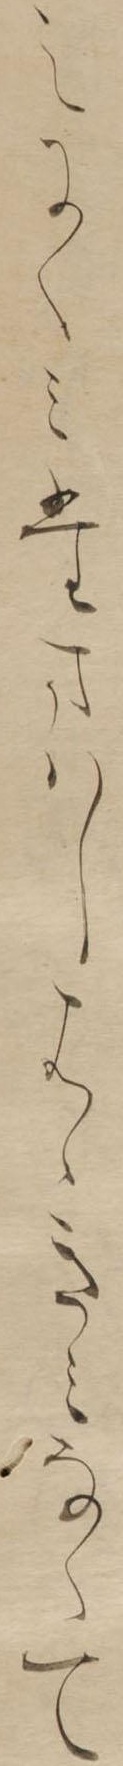
えにくみたまはしはゝきみなくて